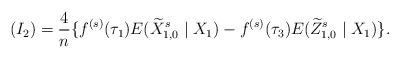
LaTeX: \begin{align*}(I_2)=\frac{4}{n}\{f^{(s)}(\tau_1)E(\widetilde{X}_{1,0}^s\mid X_1)-f^{(s)}(\tau_3)E(\widetilde{Z}_{1,0}^s\mid X_1)\}. \end{align*}